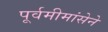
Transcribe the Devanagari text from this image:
पूर्वमीमांसेने